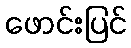
ဖောင်းပြင်